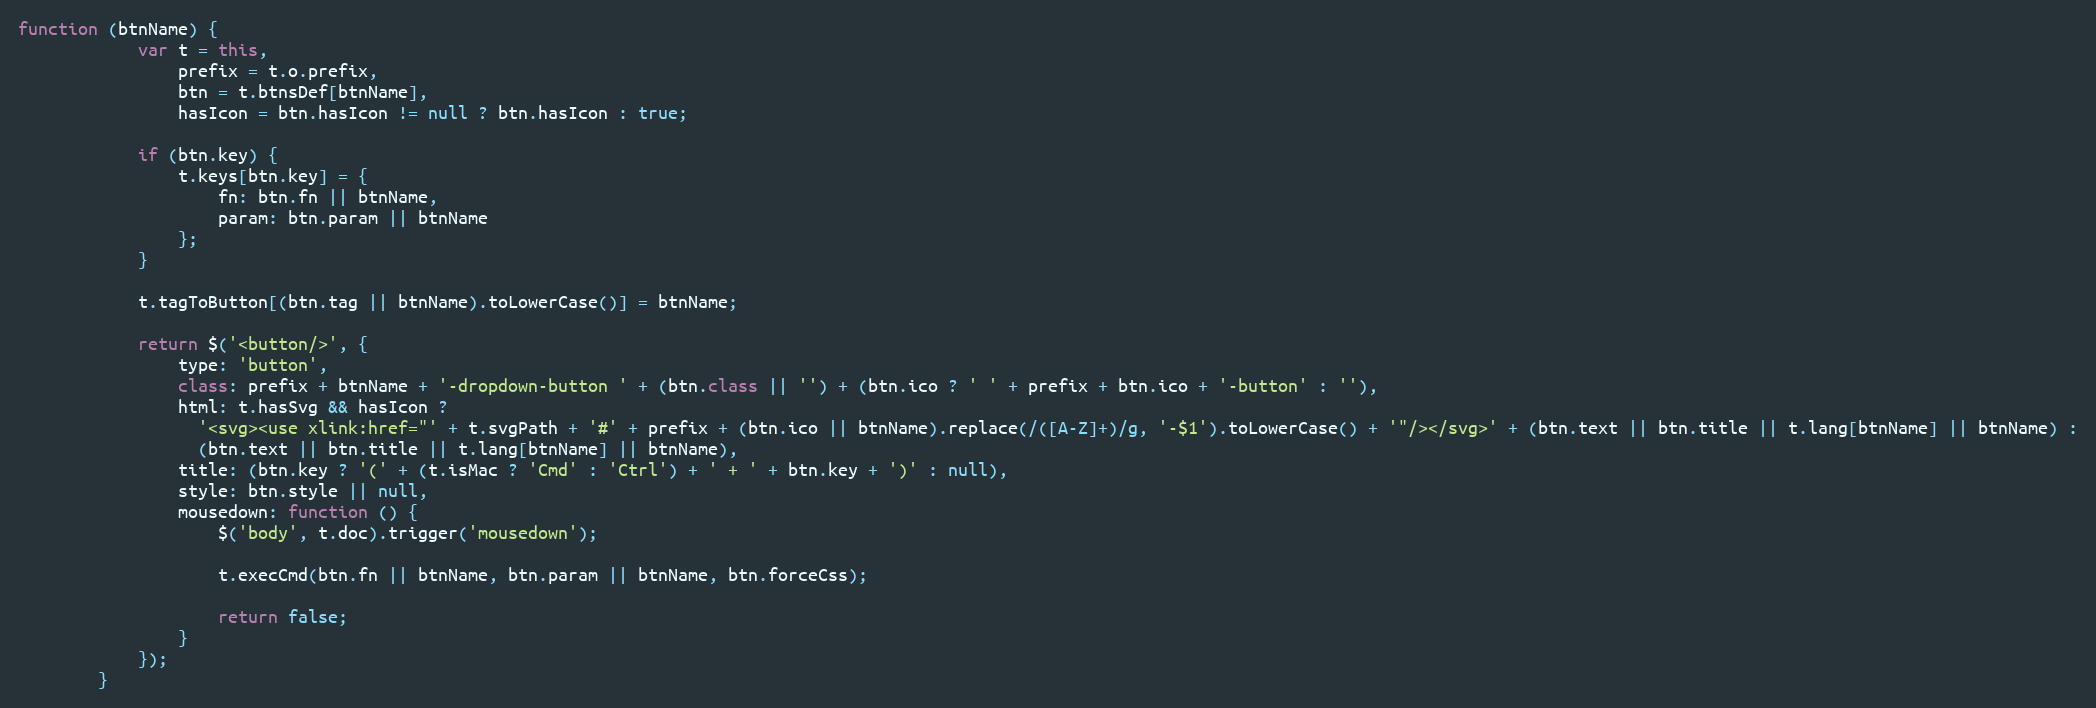
Language: JavaScript
function (btnName) {
            var t = this,
                prefix = t.o.prefix,
                btn = t.btnsDef[btnName],
                hasIcon = btn.hasIcon != null ? btn.hasIcon : true;

            if (btn.key) {
                t.keys[btn.key] = {
                    fn: btn.fn || btnName,
                    param: btn.param || btnName
                };
            }

            t.tagToButton[(btn.tag || btnName).toLowerCase()] = btnName;

            return $('<button/>', {
                type: 'button',
                class: prefix + btnName + '-dropdown-button ' + (btn.class || '') + (btn.ico ? ' ' + prefix + btn.ico + '-button' : ''),
                html: t.hasSvg && hasIcon ?
                  '<svg><use xlink:href="' + t.svgPath + '#' + prefix + (btn.ico || btnName).replace(/([A-Z]+)/g, '-$1').toLowerCase() + '"/></svg>' + (btn.text || btn.title || t.lang[btnName] || btnName) :
                  (btn.text || btn.title || t.lang[btnName] || btnName),
                title: (btn.key ? '(' + (t.isMac ? 'Cmd' : 'Ctrl') + ' + ' + btn.key + ')' : null),
                style: btn.style || null,
                mousedown: function () {
                    $('body', t.doc).trigger('mousedown');

                    t.execCmd(btn.fn || btnName, btn.param || btnName, btn.forceCss);

                    return false;
                }
            });
        }